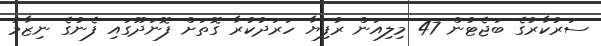
ސަރުކާރުގެ ބަޖެޓުން 47 މިލިއަން ރުފިޔާ ހަރަދުކުރާ ގޮތަށް ފޮނަދޫގައި ފެނުގެ ނިޒާމު